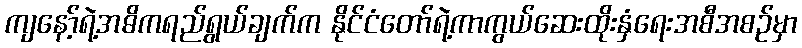
ကျနော့်ရဲ့အဓိကရည်ရွယ်ချက်က နိုင်ငံတော်ရဲ့ကာကွယ်ဆေးထိုးနှံရေးအစီအစဉ်မှာ